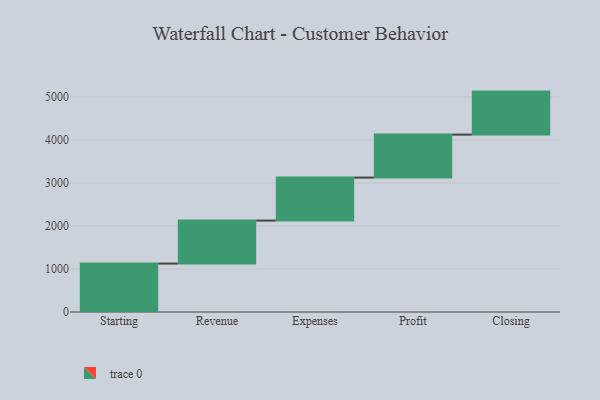
{"axis": {"x": "Step", "y": "Value"}, "legend": [""], "data": [{"x": "Starting", "y": 1126.0, "type": ""}, {"x": "Revenue", "y": 1000, "type": ""}, {"x": "Expenses", "y": 1000, "type": ""}, {"x": "Profit", "y": 1000, "type": ""}, {"x": "Closing", "y": 1000, "type": ""}]}